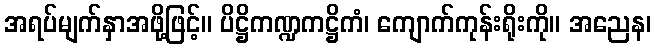
အရပ်မျက်နှာအဖို့ဖြင့်။ ပိဋ္ဌိကဏ္ဍကဋ္ဌိကံ၊ ကျောက်ကုန်းရိုးကို။ အညေန၊